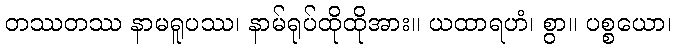
တဿတဿ နာမရူပဿ၊ နာမ်ရုပ်ထိုထိုအား။ ယထာရဟံ၊ စွာ။ ပစ္စယော၊